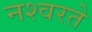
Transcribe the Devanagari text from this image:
नश्वरते